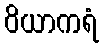
ဝိယာကရံ